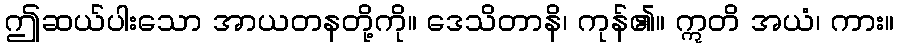
ဤဆယ်ပါးသော အာယတနတို့ကို။ ဒေသိတာနိ၊ ကုန်၏။ ဣတိ အယံ၊ ကား။